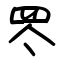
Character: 罖